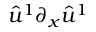
\hat { u } ^ { 1 } \partial _ { x } \hat { u } ^ { 1 }